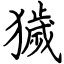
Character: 獩